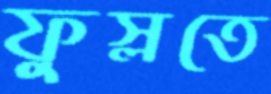
ফুস্‌লতে